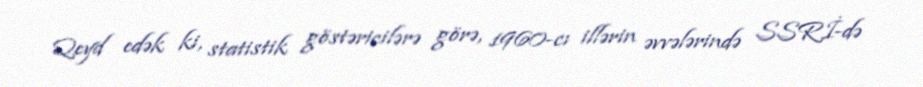
Qeyd edək ki, statistik göstəricilərə görə, 1960-cı illərin əvvələrində SSRİ-də